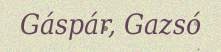
Gáspár, Gazsó